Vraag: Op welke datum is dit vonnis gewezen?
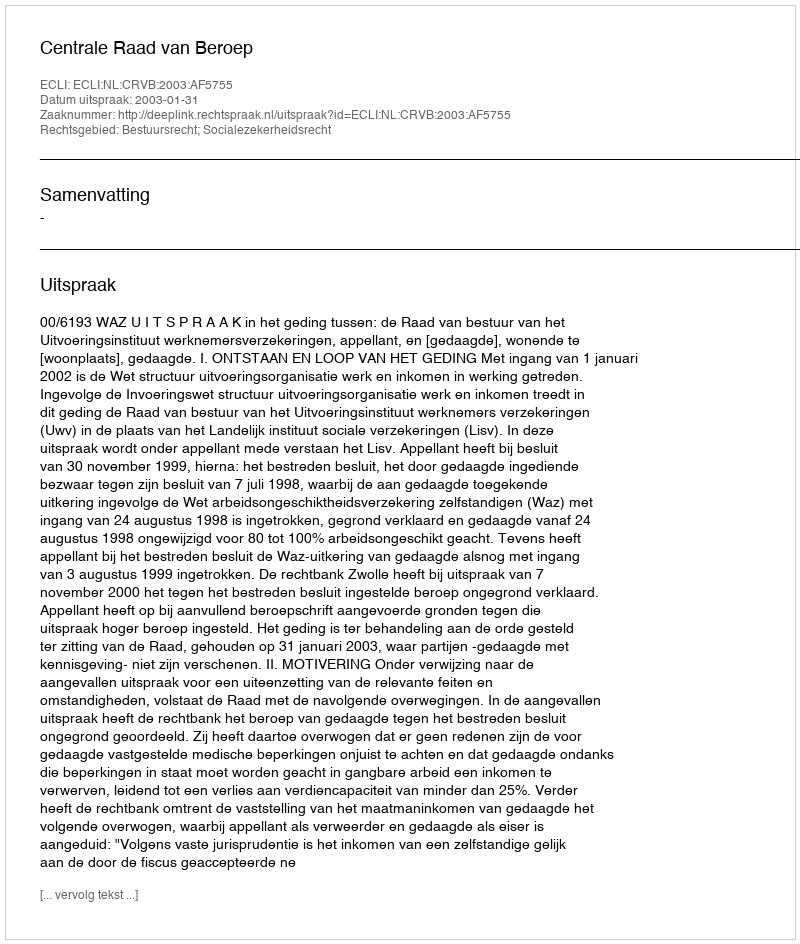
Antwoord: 2003-01-31